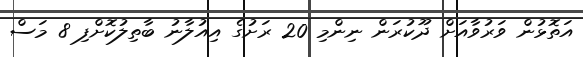
އަތޮޅުން ވަރުވާއަށް ދޫކުރަން ނިންމި 20 ރަށުގެ އިއުލާނު ބާތިލުކޮށްފި 8 މަސް